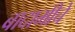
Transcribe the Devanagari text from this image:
बादामीचे